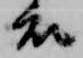
衣